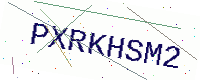
Text: PXRKHSM2